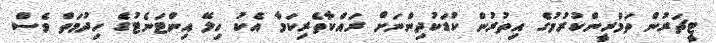
ޓީޗަރުން ތަމްރީންކުރުމުގެ އިތުރުން ކުޑަކުދިންނަށް ރައްކާތެރިކަމާ އެކު ހިލޭ އިންޓަނެޓުގެ ހިދުމަތް ވެސް